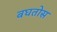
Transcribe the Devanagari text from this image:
बघतोस